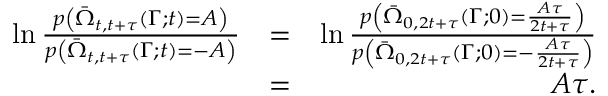
\begin{array} { r l r } { \ln \frac { p \left( \bar { \Omega } _ { t , t + \tau } ( \Gamma ; t ) = A \right) } { p \left( \bar { \Omega } _ { t , t + \tau } ( \Gamma ; t ) = - A \right) } } & { = } & { \ln \frac { p \left( \bar { \Omega } _ { 0 , 2 t + \tau } ( \Gamma ; 0 ) = \frac { A \tau } { 2 t + \tau } \right) } { p \left( \bar { \Omega } _ { 0 , 2 t + \tau } ( \Gamma ; 0 ) = - \frac { A \tau } { 2 t + \tau } \right) } } \\ & { = } & { A \tau . } \end{array}